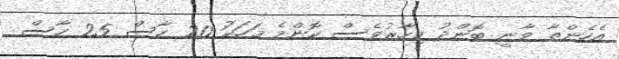
އެހެންތާ ވާނީ ބޮންދު މިހާރުވެސް ކޮންމެ މަހަކަު 20 ހާސް 25 ހާސް